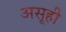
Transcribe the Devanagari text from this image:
असूही